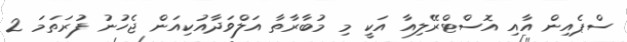
ސްޕެއިން އާއި އޮސްޓްރޭލިއާ އަކީ މި މުބާރާތާ އަލްވަދާއުކިއަން ޖެހުނު ފުރަތަމަ 2